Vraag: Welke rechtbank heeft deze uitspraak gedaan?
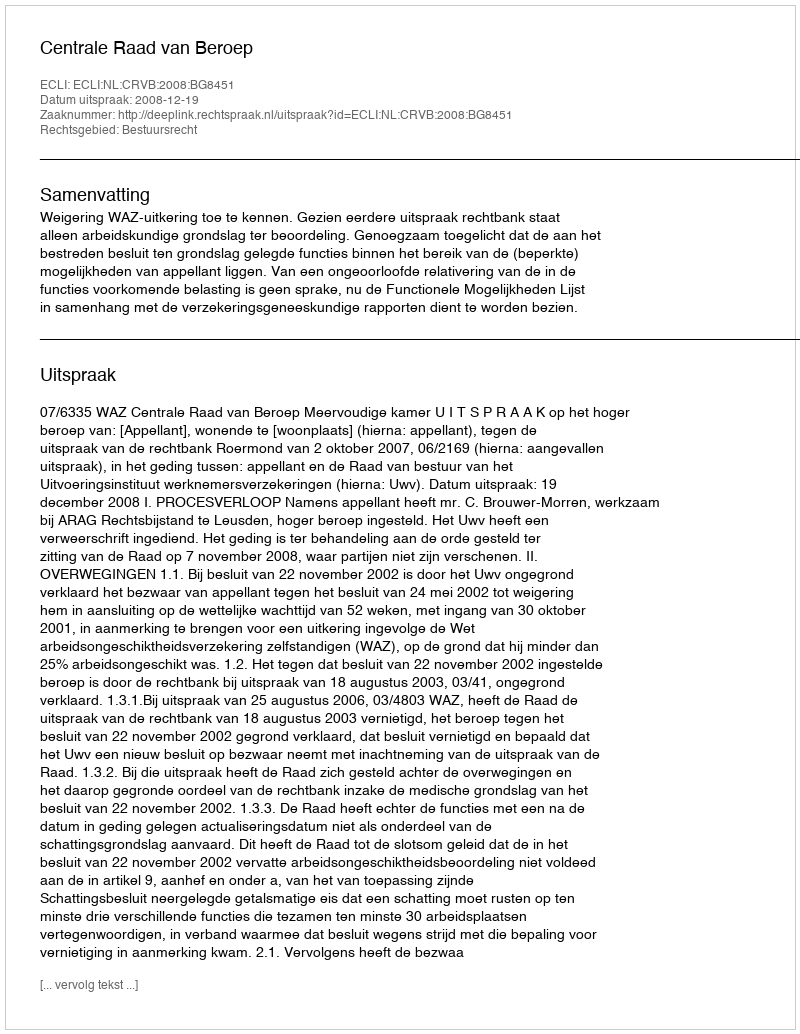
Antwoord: Centrale Raad van Beroep